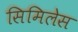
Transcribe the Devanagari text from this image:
सिमिलेस